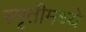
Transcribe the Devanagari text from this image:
स्मृतीमध्ये